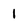
Character: 1